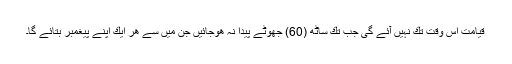
قیامت اس وقت تك نہیں آئے گی جب تك ساٹھ (60) جھوٹے پیدا نہ ھوجائیں جن میں سے ھر ایك اپنے پیغمبر بتائے گا۔